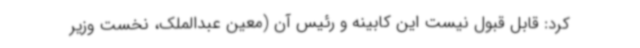
کرد: قابل قبول نیست این کابینه و رئیس آن (معین عبدالملک، نخست وزیر